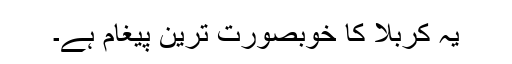
یہ کربلا کا خوبصورت ترین پیغام ہے۔